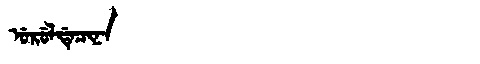
Manchu: ᡠᡵᡠᠯᡩᡝᠴᡳᠨᠠ
Romanization: URULDECINA